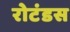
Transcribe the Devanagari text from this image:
रोटंडस